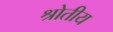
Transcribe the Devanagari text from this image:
श्रोतीय